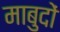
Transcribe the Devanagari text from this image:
माबुदों